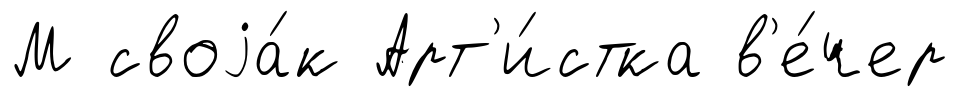
М своjа́к Арт'и́стка в'е́чер